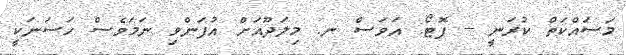
މަސައްކަތް ކުރަނީ -- ފޮޓޯ: އަވަސް ނ. މިލަދޫއަށް އުފަންވި ނަމަވެސް ހަސަނަކީ